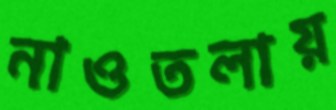
নাওতলায়